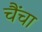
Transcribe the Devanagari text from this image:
चैंचा